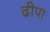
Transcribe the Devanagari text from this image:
ढीपा